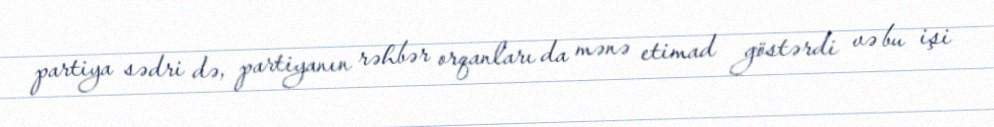
partiya sədri də, partiyanın rəhbər orqanları da mənə etimad göstərdi və bu işi